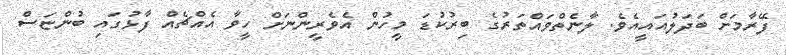
ފޭރާމަށް ބަދަލުއައީއެވެ. ލާނެތްވައްތަރުގެ ބިރުކުޑަ މީހުން އެވެރީންނަށް ހީވާ އެއްޗެއް ފާޅުގައި ބުންޏަސް